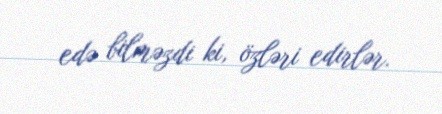
edə bilməzdi ki, özləri edirlər.